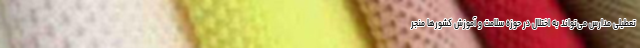
تعطیلی مدارس می‌تواند به اختلال در حوزه سلامت و آموزش کشورها منجر